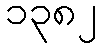
၁၃၈၂